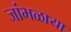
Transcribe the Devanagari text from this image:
जांभळाया